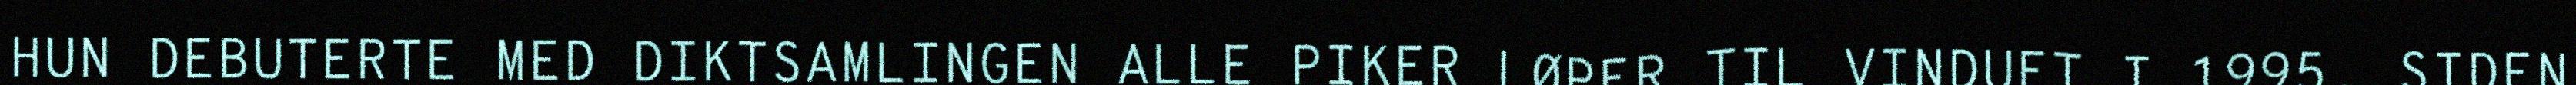
HUN DEBUTERTE MED DIKTSAMLINGEN ALLE PIKER LØPER TIL VINDUET I 1995. SIDEN